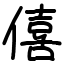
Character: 僖